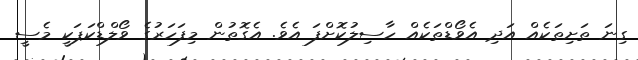
ގިނަ ތަށިތަކެއް އަދި އެވޯޑްތަކެއް ހާސިލުކޮށްފަ އެވެ. އެގޮތުން މިފަހަރުގެ ވޯލްޑްކަޕަކީ މެސީ